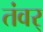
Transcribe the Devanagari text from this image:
तंवर्